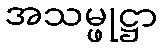
အသမ္ဖုဋ္ဌာ